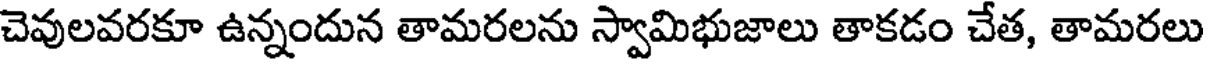
చెవులవరకూ ఉన్నందున తామరలను స్వామిభుజాలు తాకడం చేత, తామరలు